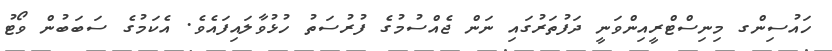
ހައުސިންގ މިނިސްޓްރީއިންވަނީ ދަފުތަރުގައި ނަން ޖެއްސުމުގެ ފުރުސަތު ހުޅުވާލައިފައެވެ. އެކަމުގެ ސަބަބުން ވޯޓު